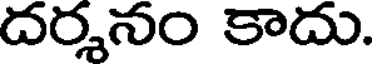
దర్శనం కాదు.